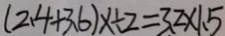
( 2 . 4 + 3 . 6 ) x \div 2 = 3 . 2 \times 1 . 5